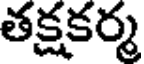
తక్షకర్మ